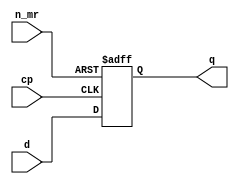
`timescale 1ns/1ns
module register_74273(
//output
          q,
//input
          d,
          n_mr,
          cp);
    input wire [7:0] d;
    input wire n_mr;
    input wire cp;
    output reg [7:0] q;

    initial begin
        q = 8'bx;
    end

    always @(posedge cp or negedge n_mr) begin
        if (~n_mr) begin
            q <= #10.5 8'b0;
        end else begin
            q <= #11 d;
        end
    end
endmodule